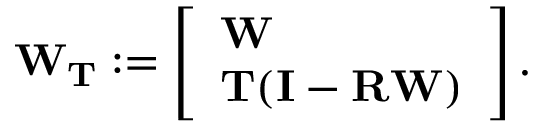
\mathbf { W } _ { \mathbf { T } } : = \left[ \begin{array} { l } { \mathbf { W } } \\ { \mathbf { T } ( \mathbf { I } - \mathbf { R } \mathbf { W } ) } \end{array} \right] .